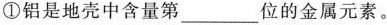
①铝是地壳中含量第___位的金属元素。